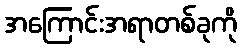
အကြောင်းအရာတစ်ခုကို